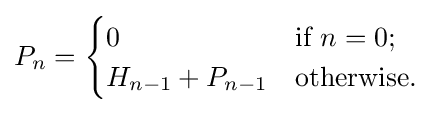
P_{n}={\begin{cases}0&{\mbox{if }}n=0;\\H_{n-1}+P_{n-1}&{\mbox{otherwise.}}\end{cases}}